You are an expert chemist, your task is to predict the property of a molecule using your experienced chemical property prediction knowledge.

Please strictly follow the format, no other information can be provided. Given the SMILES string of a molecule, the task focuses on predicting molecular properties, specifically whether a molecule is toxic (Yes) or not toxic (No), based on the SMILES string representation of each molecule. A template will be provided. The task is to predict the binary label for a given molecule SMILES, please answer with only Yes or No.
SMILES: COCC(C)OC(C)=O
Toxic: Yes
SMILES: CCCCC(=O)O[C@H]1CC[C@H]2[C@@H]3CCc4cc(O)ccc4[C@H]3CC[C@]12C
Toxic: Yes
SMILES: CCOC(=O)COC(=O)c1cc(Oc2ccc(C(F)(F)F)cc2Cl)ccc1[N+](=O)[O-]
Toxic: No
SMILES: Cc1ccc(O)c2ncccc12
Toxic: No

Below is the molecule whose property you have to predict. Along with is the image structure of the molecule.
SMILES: CCOC1Oc2ccc(OS(C)(=O)=O)cc2C1(C)C
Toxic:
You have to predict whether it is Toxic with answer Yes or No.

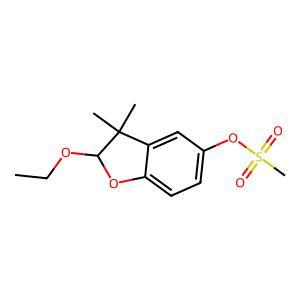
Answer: No